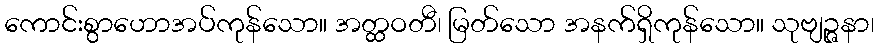
ကောင်းစွာဟောအပ်ကုန်သော။ အတ္ထဝတီ၊ မြတ်သော အနက်ရှိကုန်သော။ သုဗျဉ္ဇနာ၊